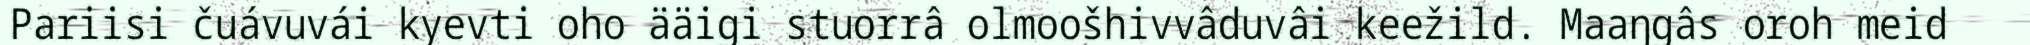
Pariisi čuávuvái kyevti oho ääigi stuorrâ olmoošhivvâduvâi keežild. Maaŋgâs oroh meid